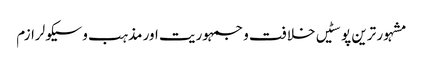
مشہور ترین پوسٹیں	خلافت و جمہوریت اور مذہب و سیکولرازم